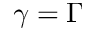
\gamma = \Gamma